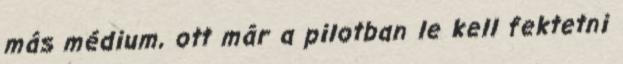
más médium, ott már a pilotban le kell fektetni